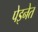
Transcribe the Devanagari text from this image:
पेइनेत